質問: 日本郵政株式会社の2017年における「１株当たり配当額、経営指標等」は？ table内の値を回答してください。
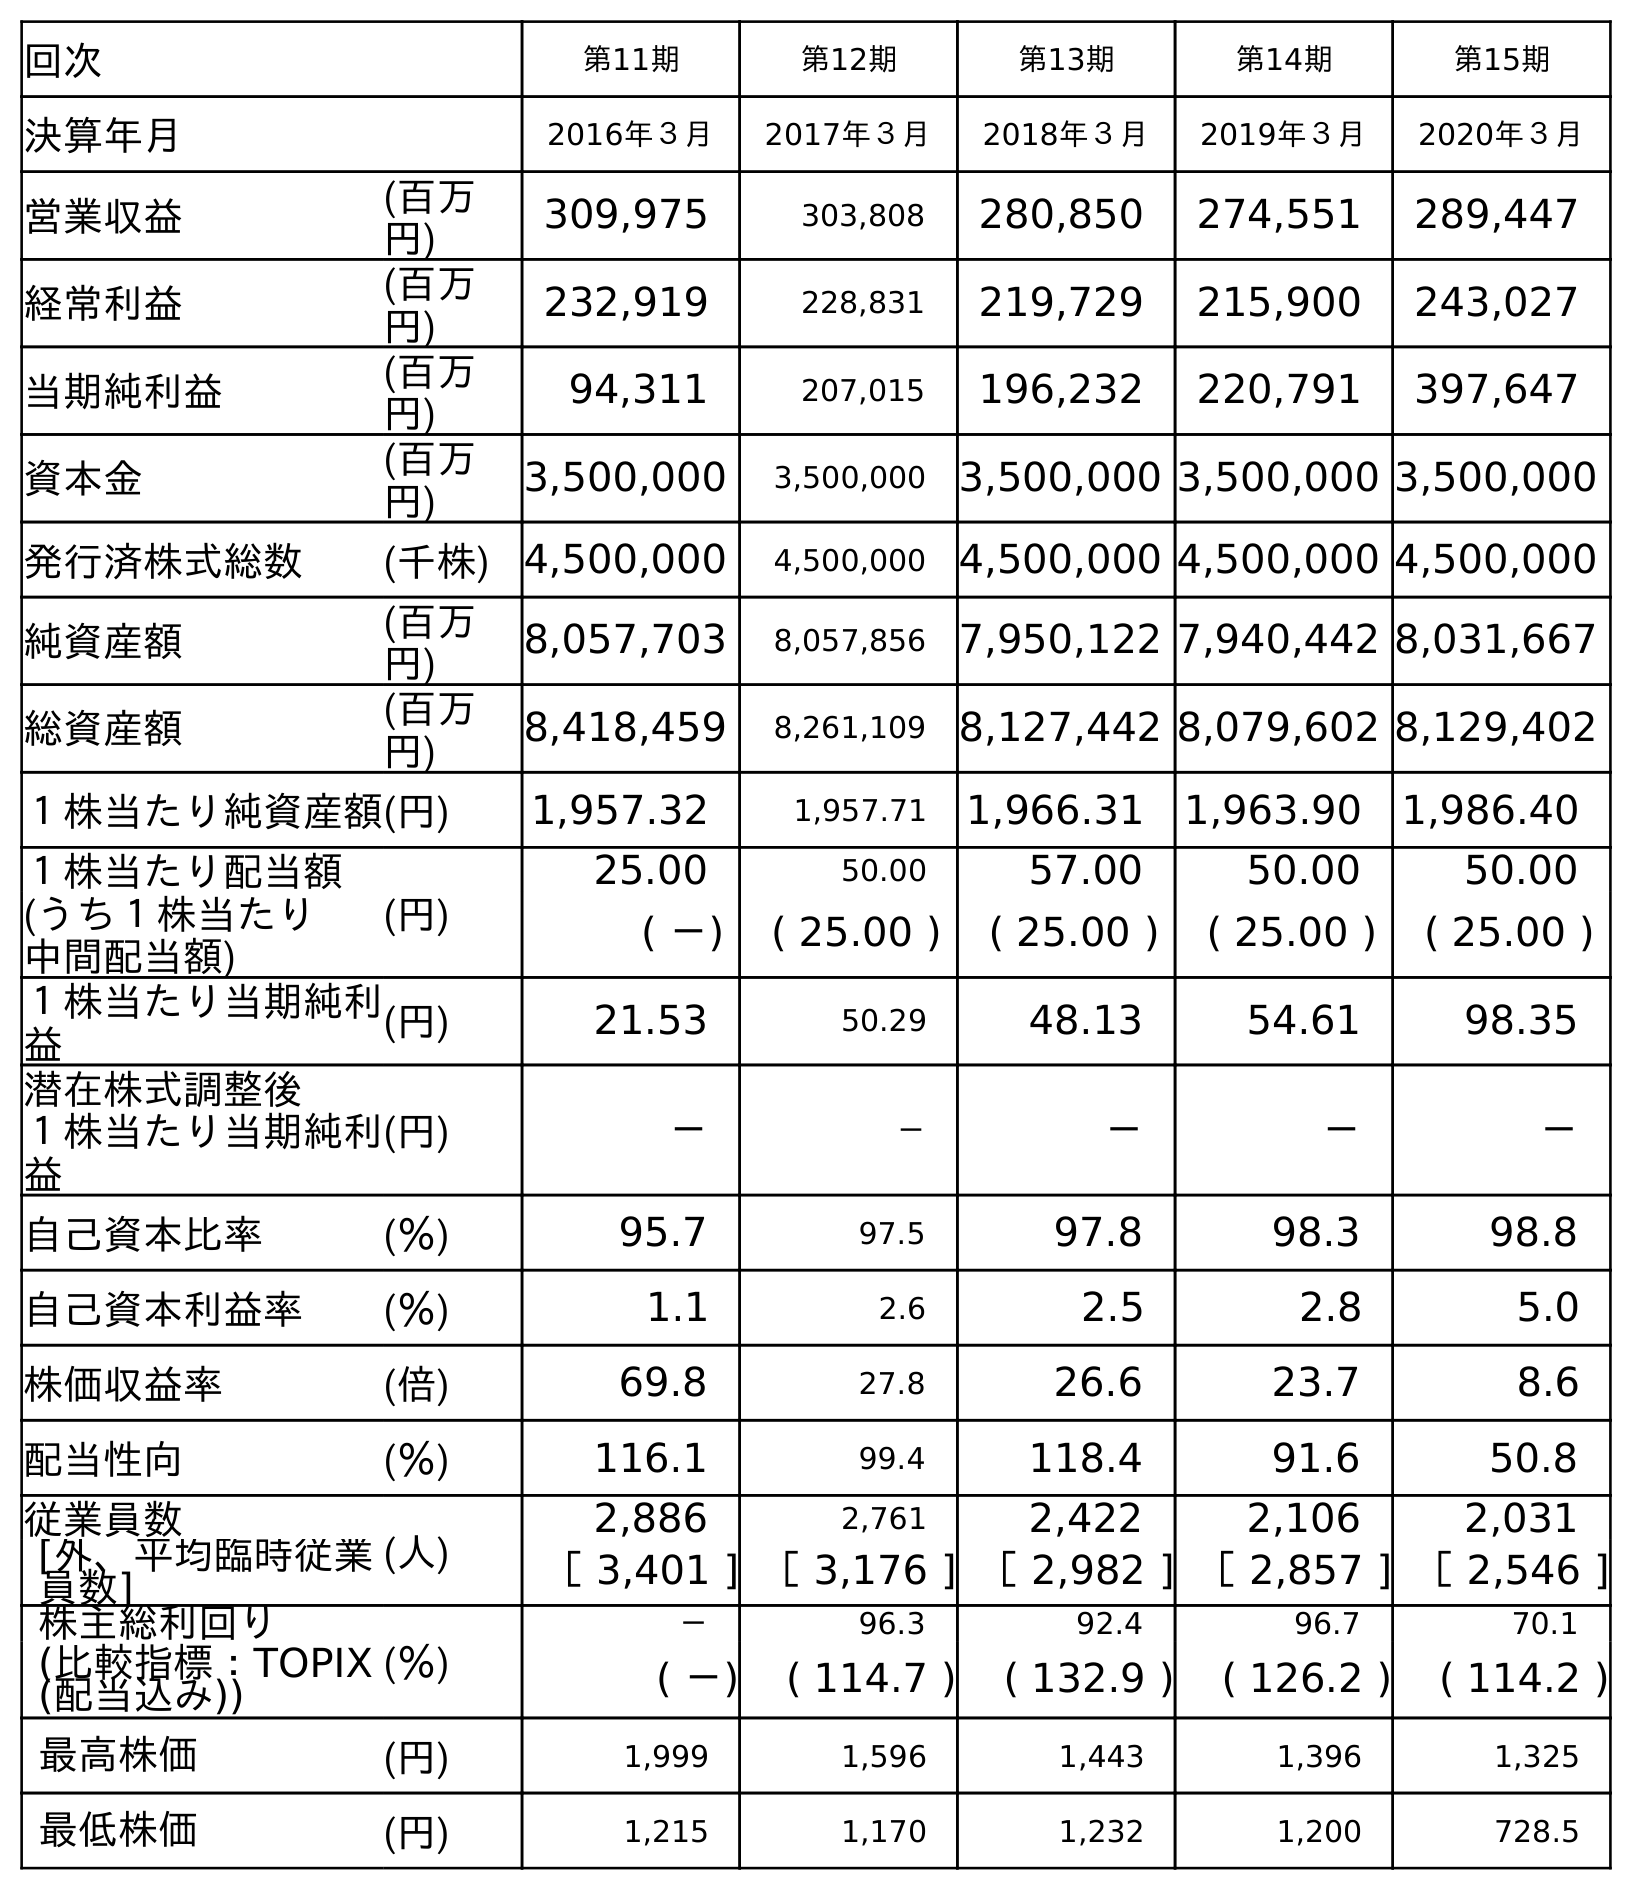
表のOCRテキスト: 回次 第11期 第12期 第13期 第14期 第15期 決算年月 2016年３月 2017年３月 2018年３月 2019年３月 2020年３月 営業収益 (百万 円) 309,975 303,808 280,850 274,551 289,447 経常利益 (百万 円) 232,919 228,831 219,729 215,900 243,027 当期純利益 (百万 円) 94,311 207,015 196,232 220,791 397,647 資本金 (百万 円) 3,500,000 3,500,000 3,500,000 3,500,000 3,500,000 発行済株式総数 (千株) 4,500,000 4,500,000 4,500,000 4,500,000 4,500,000 純資産額 (百万 円) 8,057,703 8,057,856 7,950,122 7,940,442 8,031,667 総資産額 (百万 円) 8,418,459 8,261,109 8,127,442 8,079,602 8,129,402 １株当たり純資産額(円) 1,957.32 1,957.71 1,966.31 1,963.90 1,986.40 １株当たり配当額 (円) 25.00 50.00 57.00 50.00 50.00 (うち１株当たり 中間配当額) ( －) ( 25.00 ) ( 25.00 ) ( 25.00 ) ( 25.00 ) １株当たり当期純利 益 (円) 21.53 50.29 48.13 54.61 98.35 潜在株式調整後 １株当たり当期純利 益 (円) － － － － － 自己資本比率 (％) 95.7 97.5 97.8 98.3 98.8 自己資本利益率 (％) 1.1 2.6 2.5 2.8 5.0 株価収益率 (倍) 69.8 27.8 26.6 23.7 8.6 配当性向 (％) 116.1 99.4 118.4 91.6 50.8 従業員数 (人) 2,886 2,761 2,422 2,106 2,031 [外、平均臨時従業 員数] ［ 3,401 ] ［ 3,176 ] ［ 2,982 ] ［ 2,857 ] ［ 2,546 ] 株主総利回り (％) － 96.3 92.4 96.7 70.1 (比較指標：TOPIX (配当込み)) ( －) ( 114.7 ) ( 132.9 ) ( 126.2 ) ( 114.2 ) 最高株価 (円) 1,999 1,596 1,443 1,396 1,325 最低株価 (円) 1,215 1,170 1,232 1,200 728.5
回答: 50.00